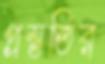
প্রস্ততির